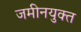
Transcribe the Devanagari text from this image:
जमीनयुक्त